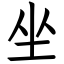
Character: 坐